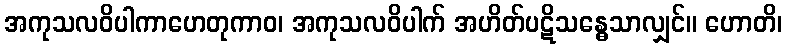
အကုသလဝိပါကာဟေတုကာဝ၊ အကုသလဝိပါက် အဟိတ်ပဋိသန္ဓေသာလျှင်။ ဟောတိ၊